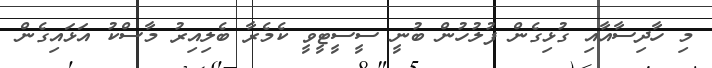
މި ހާދިސާއާއި ގުޅިގެން ފުލުހުން ބުނީ ސީސީޓީވީ ކެމެރާ ބެލިއިރު މާސްކު އަޅައިގެން